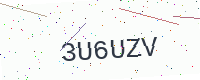
Text: 3U6UZV